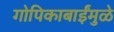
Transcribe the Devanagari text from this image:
गोपिकाबाईंमुळे